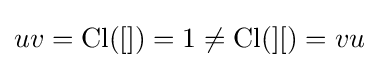
uv=\operatorname {Cl} ([])=1\neq \operatorname {Cl} (][)=vu